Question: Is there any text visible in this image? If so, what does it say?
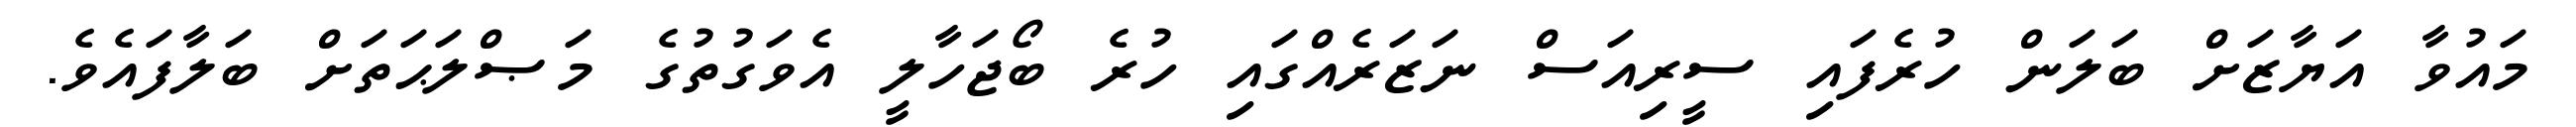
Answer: މައުވާ އަޔާޒަށް ބަލަން ހުރެފައި ސީރިއަސް ނަޒަރެއްގައި ހުރެ ބޯޖަހާލީ އެވަގުތުގެ މަޞްލަޙަތަށް ބަލާފައެވެ.